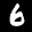
Label: 6